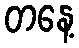
တနေ့